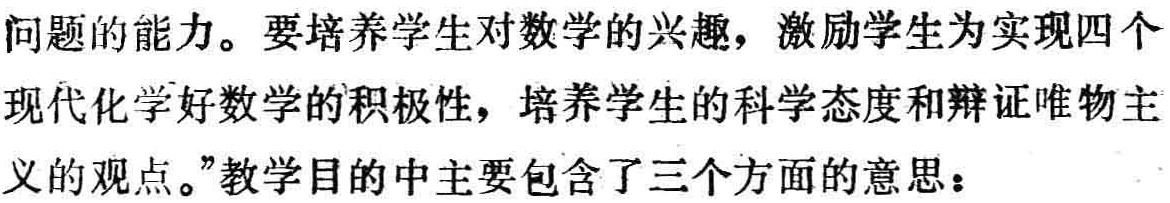
问题的能力。要培养学生对数学的兴趣，激励学生为实现四个

现代化学好数学的积极性，培养学生的科学态度和辩证唯物主

义的观点。”教学目的中主要包含了三个方面的意思：